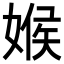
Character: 𡟑